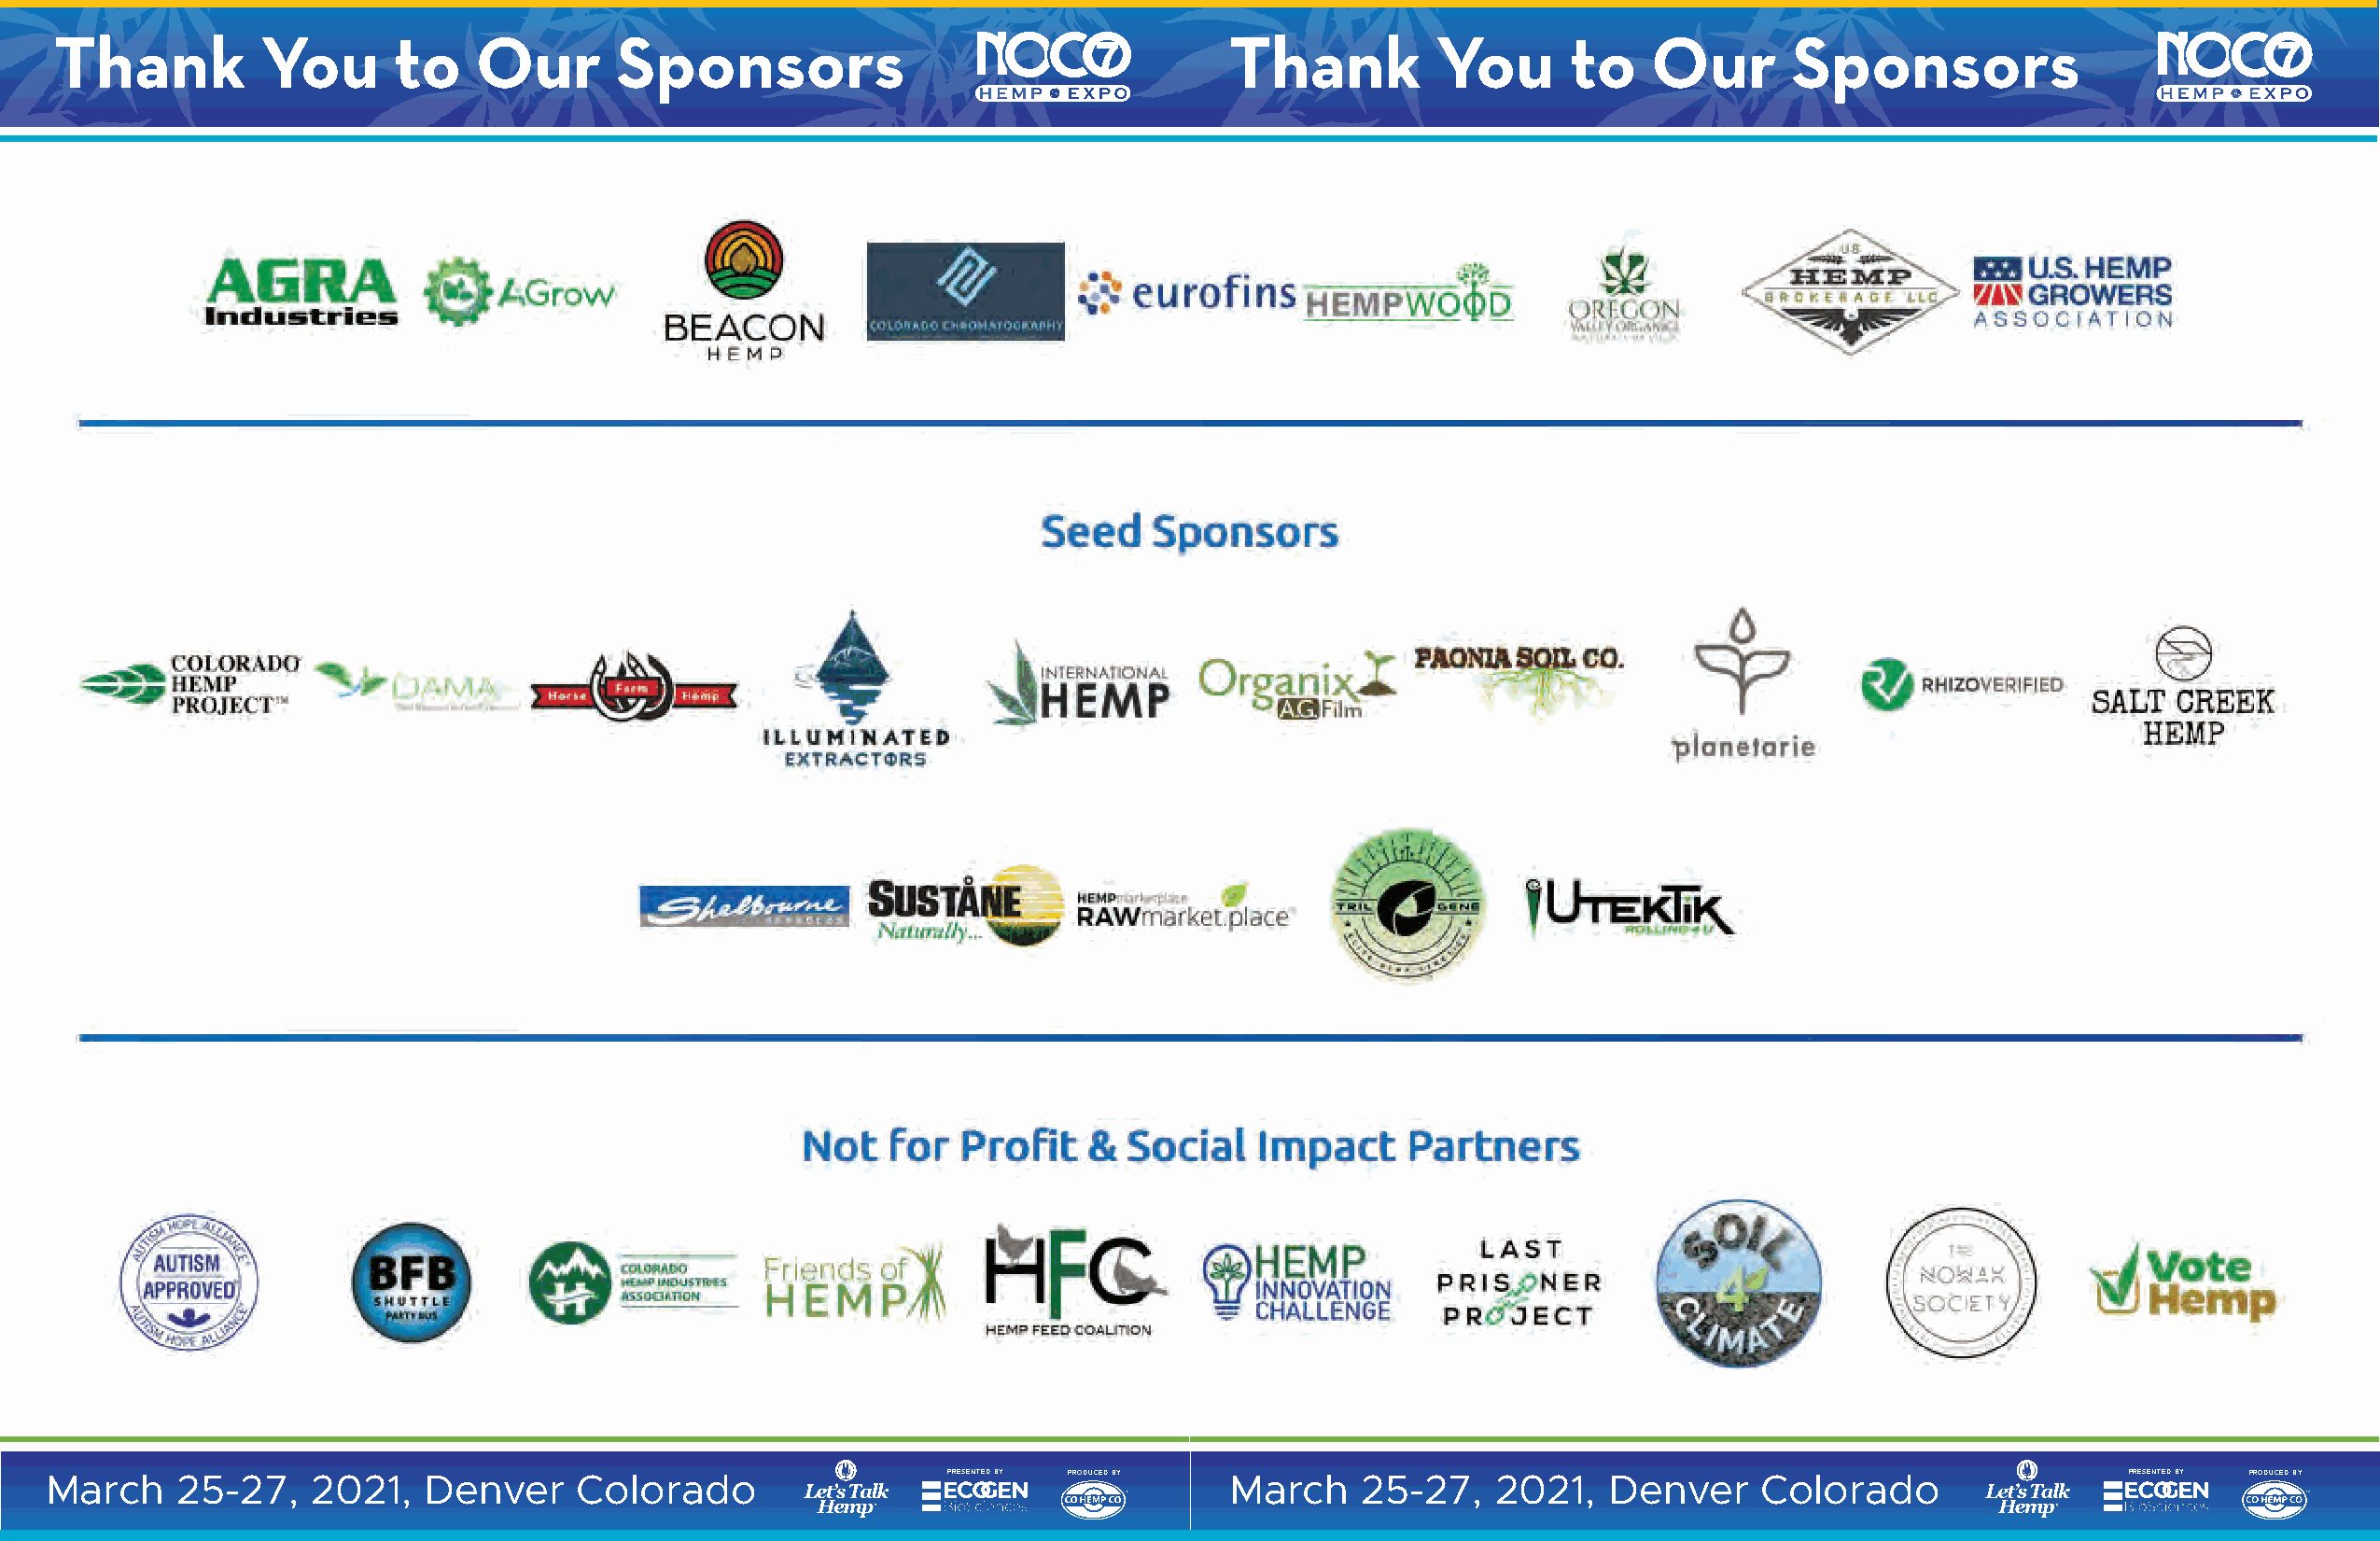
Thank         You       to    Our       Sponsors                                   Thank          You      to    Our       Sponsors
 March     25-27,   2021,   Denver     Colorado                  PRESENTED BY PRODUCED BY March 25-27,  2021,   Denver     Colorado                  PRESENTED BY PRODUCED BY
 50                                                                                  51